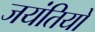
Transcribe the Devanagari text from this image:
जयंतियों